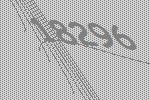
18296